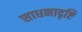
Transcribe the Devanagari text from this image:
साधनादृष्टि